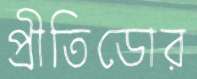
প্রীতিডোর